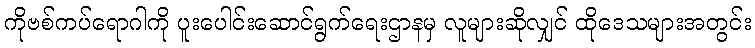
ကိုဗစ်ကပ်ရောဂါကို ပူးပေါင်းဆောင်ရွက်ရေးဌာနမှ လူများဆိုလျှင် ထိုဒေသများအတွင်း